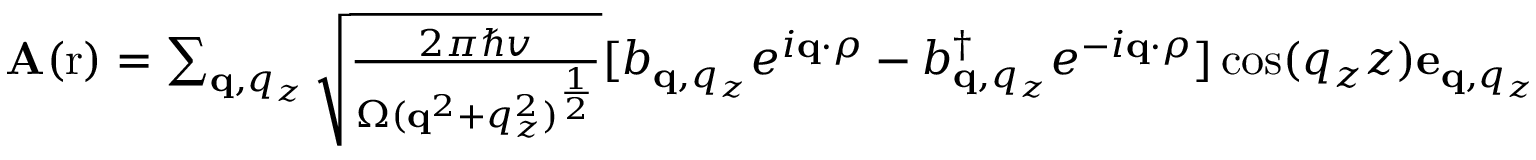
\begin{array} { r } { \mathbf A ( \mathrm r ) = \sum _ { \mathbf q , q _ { z } } \sqrt { \frac { 2 \pi \hbar v } { \Omega ( \mathbf q ^ { 2 } + q _ { z } ^ { 2 } ) ^ { \frac { 1 } { 2 } } } } [ b _ { \mathbf q , q _ { z } } e ^ { i \mathbf q \cdot \rho } - b _ { \mathbf q , q _ { z } } ^ { \dagger } e ^ { - i \mathbf q \cdot \rho } ] \cos ( q _ { z } z ) \mathbf e _ { \mathbf q , q _ { z } } } \end{array}